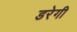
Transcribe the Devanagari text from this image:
डरेगी